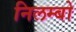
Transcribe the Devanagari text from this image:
निलम्‍बो